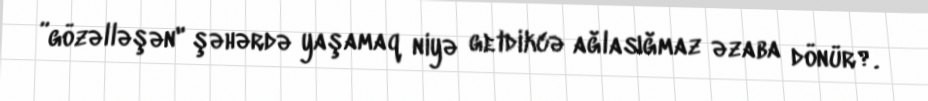
”gözəlləşən" şəhərdə yaşamaq niyə getdikcə ağlasığmaz əzaba dönür?.